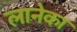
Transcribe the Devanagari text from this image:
लानेका